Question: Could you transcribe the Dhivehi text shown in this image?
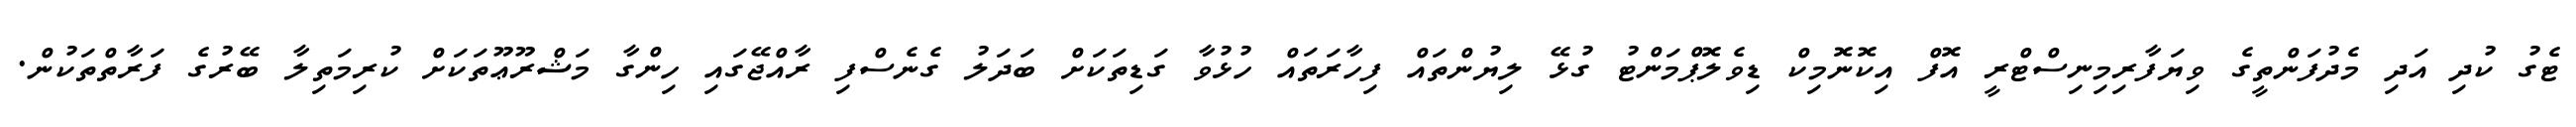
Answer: ޓެގު ކުދި އަދި މެދުފަންތީގެ ވިޔަފާރިމިނިސްޓްރީ އޮފް އިކޮނޮމިކް ޑިވެލޮޕްމަންޓު ގުޅޭ ލިޔުންތައް ފިހާރަތައް ހުޅުވާ ގަޑިތަކަށް ބަދަލު ގެނެސްފި ރާއްޖޭގައި ހިންގާ މަޝްރޫޢޫތަކަށް ކުރިމަތިލާ ބޭރުގެ ފަރާތްތަކުން.